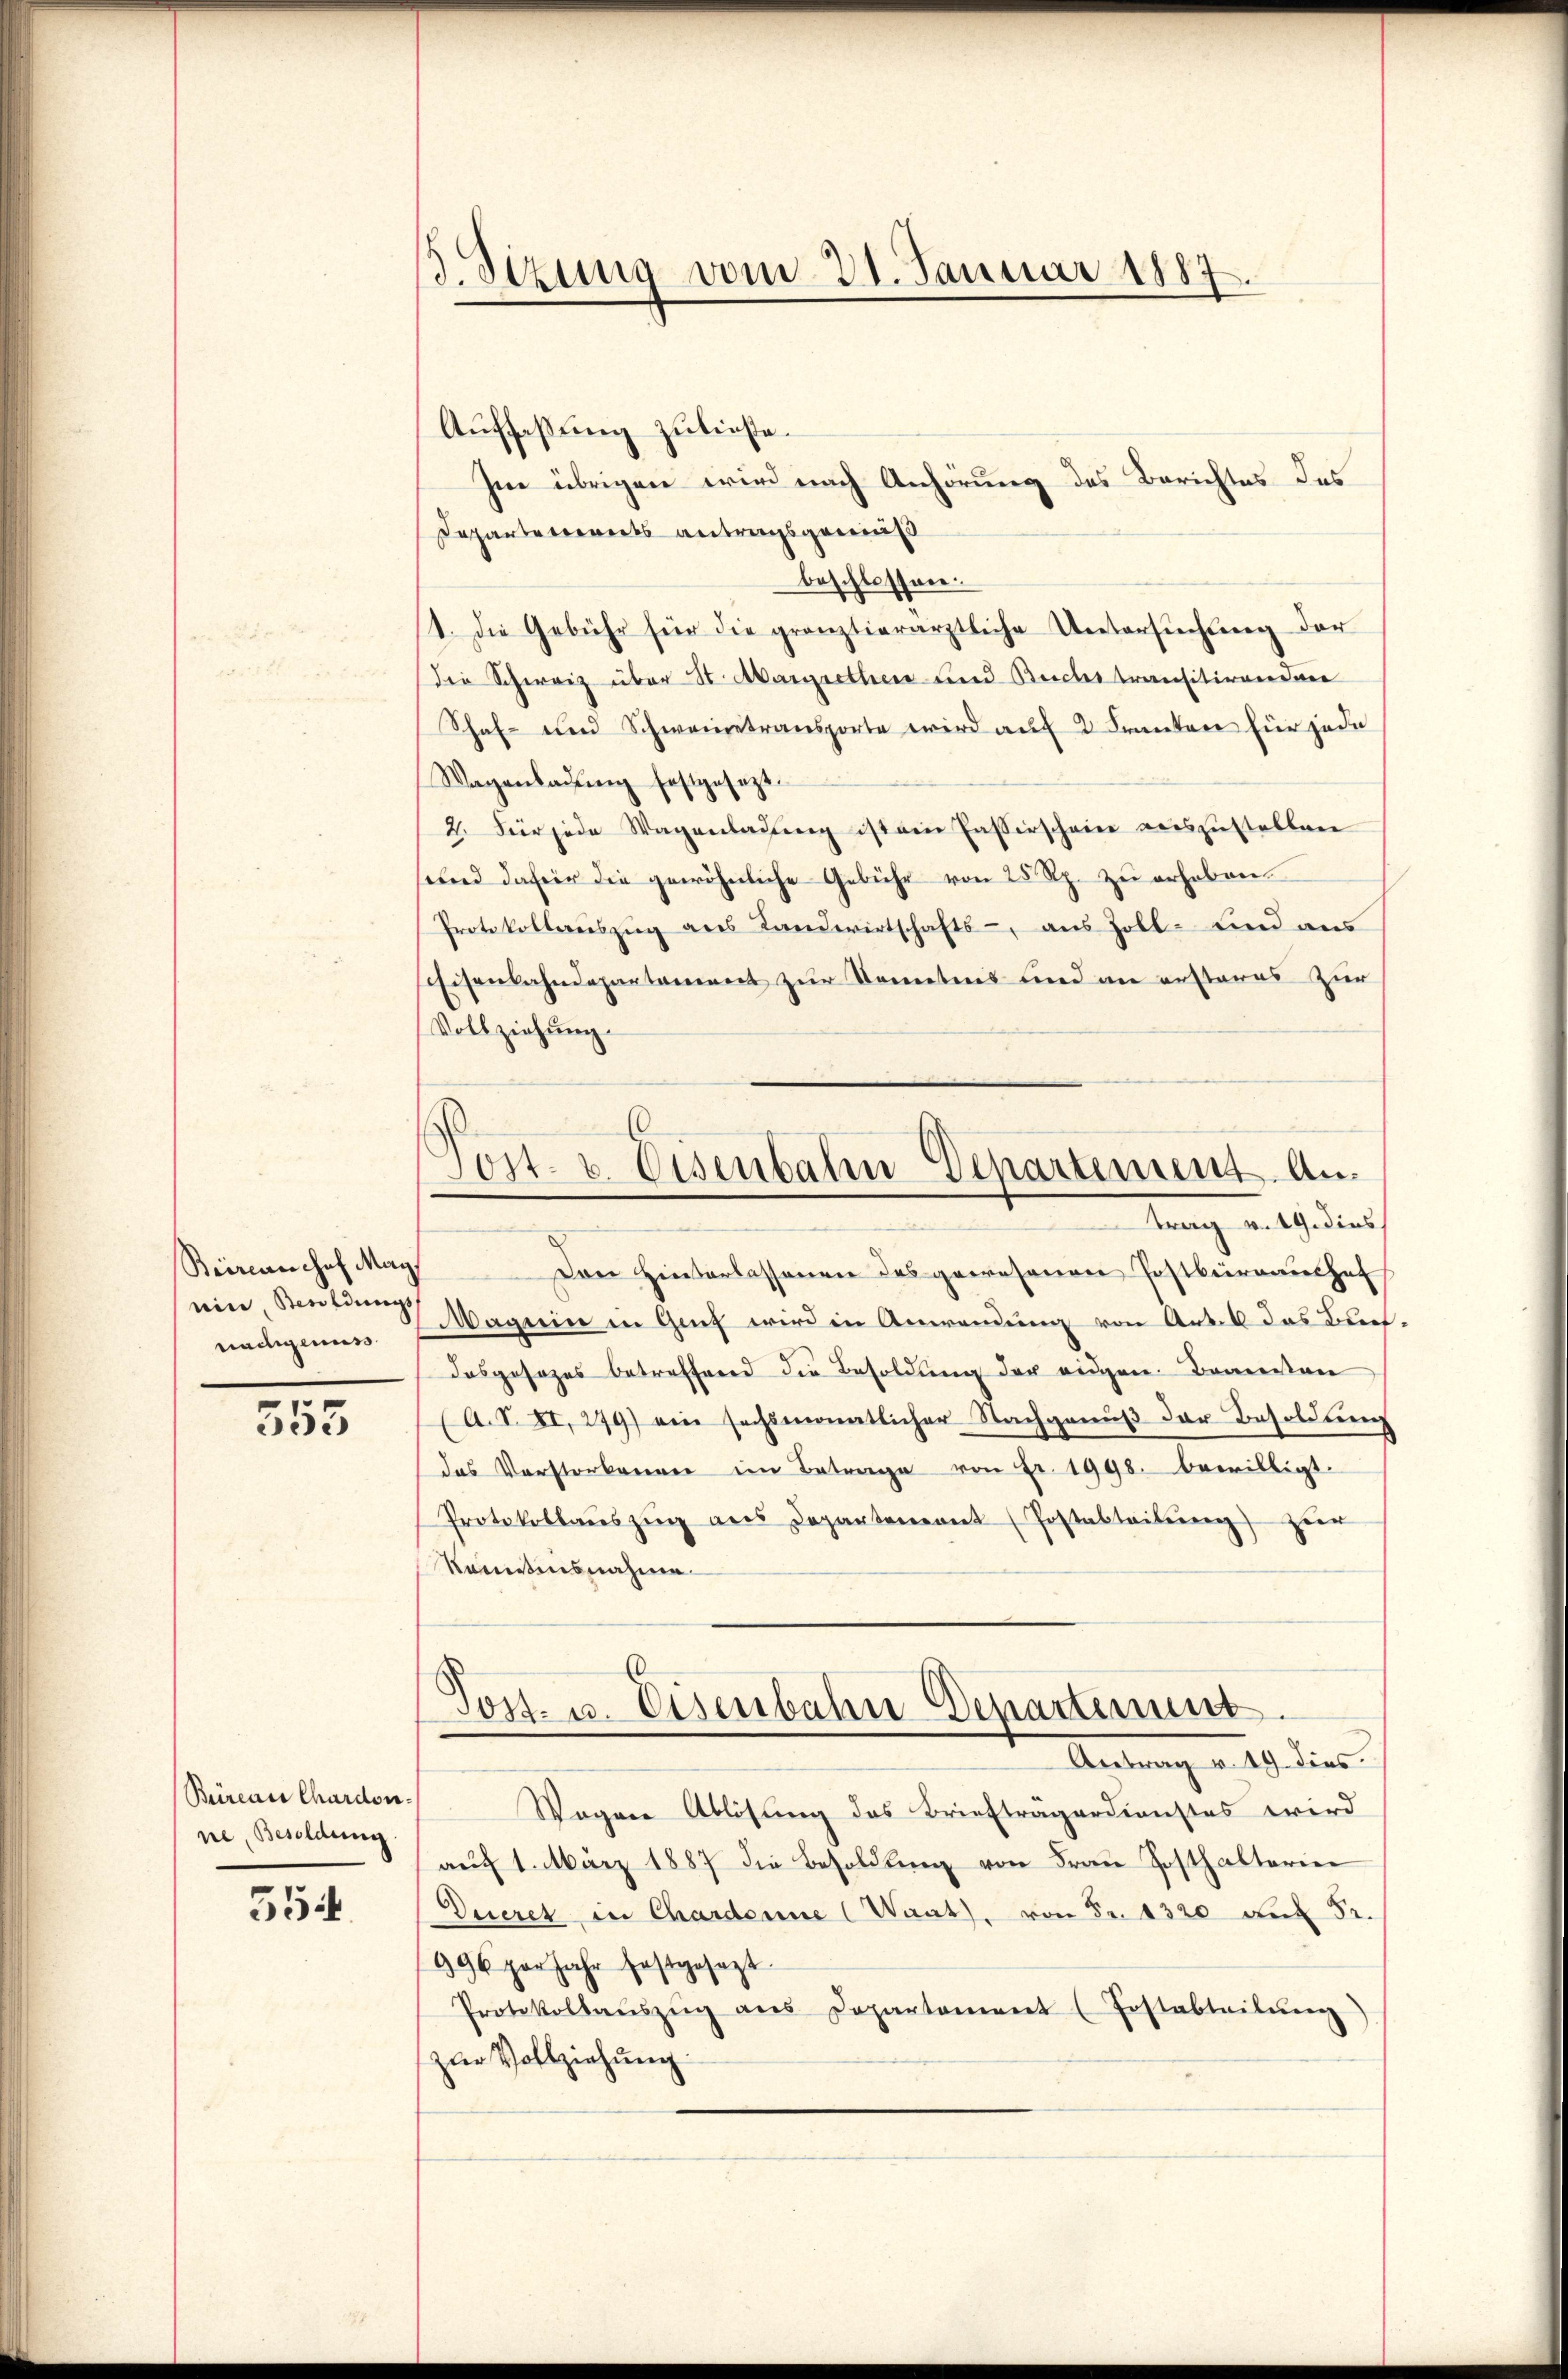
Steinanchef May
ein, Besoldungs
nachgenuss

555

Büreau Chardon-
ne, Besoldung

554

3. Sizung vom 21. Januar 1887.

Auffaßung zuließe.
Im übrigen wird nach Anhörung des Berichtes das
Departementsantragsgemäß
beschlossen.
1. Die Gebühr für die gronztierärztliche Untersuchung der
die Schweiz über St. Margrethen und Beichs transitionendene
Schaf- und Schweintransporte wird auf 2 Frantere für jede
Wagenbaŭŭng festgesezt.
2. Für jede Wagenladŭng ist ein Fasserschein aŭszŭstellen
und dafür die gewöhnliche Gebühr von 25 Rp. zŭ erhoben.
Protokollenszŭg ans Landwirtschafts-, aus Zoll- und aus
schisenbahndepartament zur Kenntnis und an erstares zur
Vollziehung.

Post- u. Eisenbahn Departement. Antrag v. 19. dies

Den Hinterlassenen des gewesenen Postbüreaushof
Maguin in Genf wird in Anwendung von Art. 6 das Bet
dasgesezes betreffend die Besoldung der eigen Brandten
(A. I. II, 279) ein sechsmonatlicher Nachgenŭβ der Besoldung
das Verstorbenen im Betrage von Fr. 1998. bewilligt.
Protokollaŭszŭg ans Departemont (Postabteilŭng zŭr
Konntensnahme
Post- u. Eisenbahn Departement
Aandlung v. 19. dies
Wogene Ablösung des Briefträgerdienstes wird
aŭf 1. März 1887 die Besoldung von Frau Posthalterie
Decret in Chardonne (Waat), von Fr. 1320 auf 52.
996 per Jahr festgesezt.
Protokollaŭszŭg ans Departement (Fostabteilŭng
zur Vollziehung